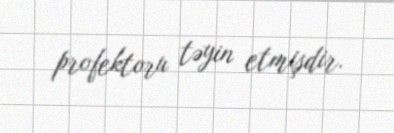
profektoru təyin etmişdir.